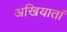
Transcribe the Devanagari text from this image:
अखियातां